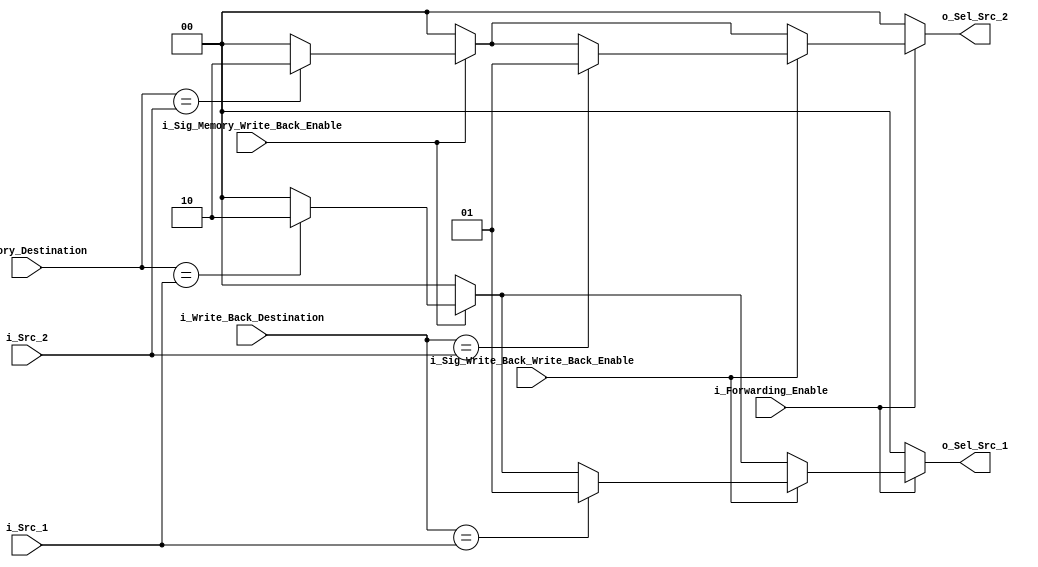
`define FORWARD_FROM_ID_SEL 2'b00
`define FORWARD_FROM_WB_SEL 2'b01
`define FORWARD_FROM_MEM_SEL 2'b10

module forwarding_unit (
    i_Forwarding_Enable,
    i_Src_1,
    i_Src_2,
    i_Write_Back_Destination, 
    i_Memory_Destination,
    i_Sig_Write_Back_Write_Back_Enable, 
    i_Sig_Memory_Write_Back_Enable,
    o_Sel_Src_1, 
    o_Sel_Src_2
    );


    input i_Forwarding_Enable;
    input [3:0] i_Src_1;
    input [3:0] i_Src_2;
    input [3:0] i_Write_Back_Destination; 
    input [3:0] i_Memory_Destination;
    input i_Sig_Write_Back_Write_Back_Enable;
    input  i_Sig_Memory_Write_Back_Enable;

    output reg [1:0] o_Sel_Src_1;
    output reg [1:0] o_Sel_Src_2;
    

    always @(*) begin
        o_Sel_Src_1 = `FORWARD_FROM_ID_SEL;
        o_Sel_Src_2 = `FORWARD_FROM_ID_SEL;

        if(i_Forwarding_Enable == 1'b1) begin

            if(i_Sig_Memory_Write_Back_Enable == 1'b1) begin

                if(i_Memory_Destination == i_Src_1) begin
                    o_Sel_Src_1 = `FORWARD_FROM_MEM_SEL;
                end

                if(i_Memory_Destination == i_Src_2) begin
                    o_Sel_Src_2 = `FORWARD_FROM_MEM_SEL; 
                end

            end

            if(i_Sig_Write_Back_Write_Back_Enable == 1'b1) begin

                if(i_Write_Back_Destination == i_Src_1) begin
                    o_Sel_Src_1 = `FORWARD_FROM_WB_SEL;
                end

                if(i_Write_Back_Destination == i_Src_2) begin
                    o_Sel_Src_2 = `FORWARD_FROM_WB_SEL; 
                end 
            end

        end

    end
    
endmodule